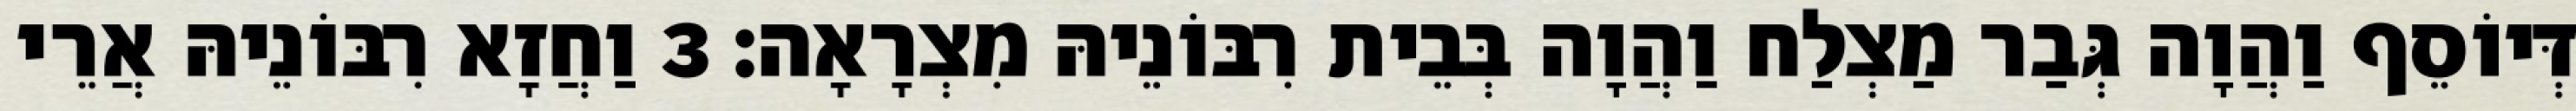
דְּיוֹסֵף וַהֲוָה גְּבַר מַצְלַח וַהֲוָה בְּבֵית רִבּוֹנֵיהּ מִצְרָאָה׃ 3 וַחֲזָא רִבּוֹנֵיהּ אֲרֵי